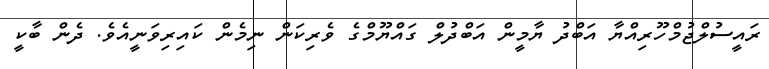
ރައީސުލްޖުމްހޫރިއްޔާ އަބްދު ޔާމީން އަބްދުލް ގައްޔޫމްގެ ވެރިކަން ނިމެން ކައިރިވަނީއެވެ. ދެން ބާކީ